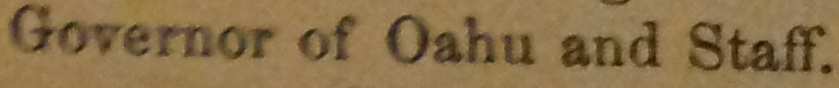
Governor of Oahu and Staff.